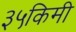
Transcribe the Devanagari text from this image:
३५किमी